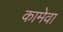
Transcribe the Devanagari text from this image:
कामेवा